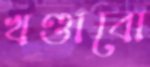
খণ্ডাবো